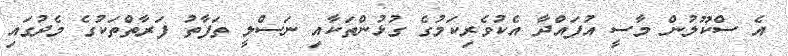
އެ ސްކޫލުން މާސީ އުފައްދާ އެކުވެރިކަމުގެ ގުޅުންތަކާއި ނަސްލީ ތަފާތު ފަރާތްތަކުގެ މެދުގައި